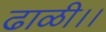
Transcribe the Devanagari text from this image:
ढाळी।।